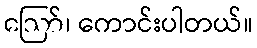
ဪ၊ ကောင်းပါတယ်။